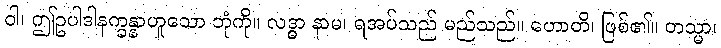
ဝါ၊ ဤဥပါဒါနက္ခန္နာဟူသော ဘုံကို။ လဒ္ဓာ နာမ၊ ရအပ်သည် မည်သည်။ ဟောတိ၊ ဖြစ်၏။ တသ္မာ၊